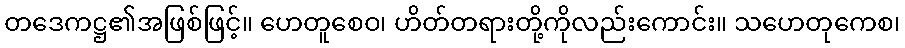
တဒေကဋ္ဌ၏အဖြစ်ဖြင့်။ ဟေတူစေဝ၊ ဟိတ်တရားတို့ကိုလည်းကောင်း။ သဟေတုကေစ၊